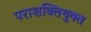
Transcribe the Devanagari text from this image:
पराशक्तियुक्त